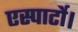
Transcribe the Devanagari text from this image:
एस्पार्टो।